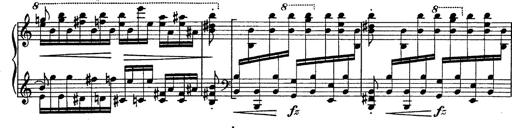
Title: Fantasie Ã¼ber Themen aus Mozarts Figaro und Don Giovanni
Composer: Franz Liszt